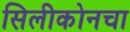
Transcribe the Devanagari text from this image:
सिलीकोनचा